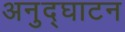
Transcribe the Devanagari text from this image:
अनुद्घाटन